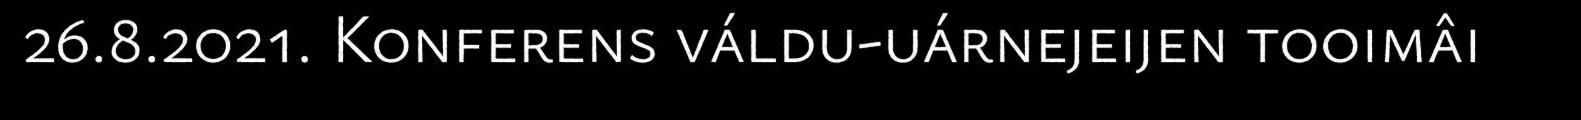
26.8.2021. Konferens váldu-uárnejeijen tooimâi